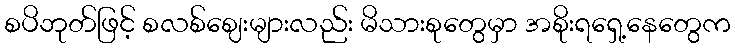
စပိဘုတ်ဖြင့် စလစ်ဈေးများလည်း မိသားစုတွေမှာ အစိုးရရှေ့နေတွေက